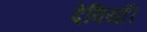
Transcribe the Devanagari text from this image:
देवियाँ।